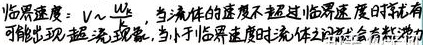
临界速度：$v\sim \frac{\mu }{\rho d}$，当流体的速度不超过临界速度时就有可能出现层流现象，当小于临界速度时流体之间就会有黏滞力